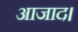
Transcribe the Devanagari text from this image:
आजाद।